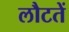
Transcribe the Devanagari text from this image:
लौटतें